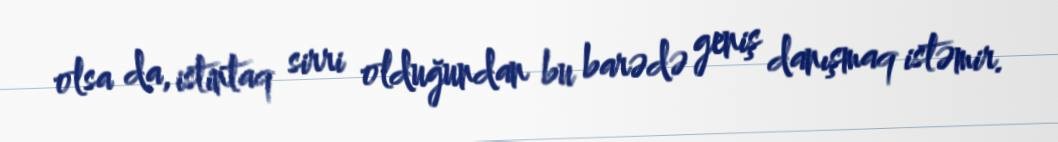
olsa da, istintaq sirri olduğundan bu barədə geniş danışmaq istəmir.